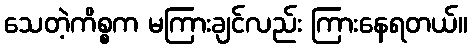
သေတဲ့ကိစ္စက မကြားချင်လည်း ကြားနေရတယ်။